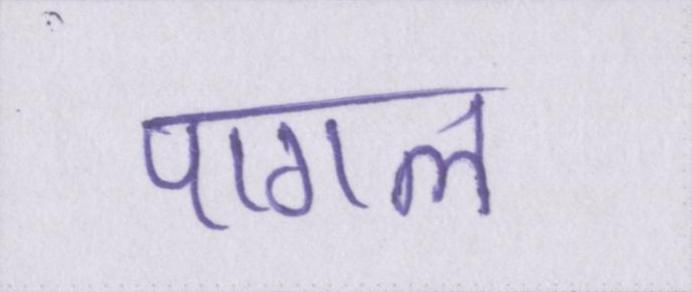
पागल